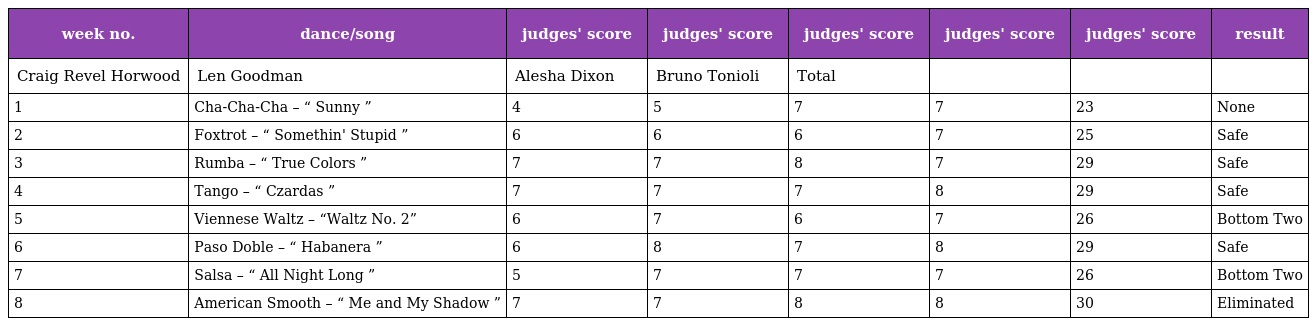
| week no. | dance/song | judges' score | judges' score | judges' score | judges' score | judges' score | result |
 | --- | --- | --- | --- | --- | --- | --- | --- |
 | Craig Revel Horwood | Len Goodman | Alesha Dixon | Bruno Tonioli | Total |  |  |  |
 | 1 | Cha-Cha-Cha – “ Sunny ” | 4 | 5 | 7 | 7 | 23 | None |
 | 2 | Foxtrot – “ Somethin' Stupid ” | 6 | 6 | 6 | 7 | 25 | Safe |
 | 3 | Rumba – “ True Colors ” | 7 | 7 | 8 | 7 | 29 | Safe |
 | 4 | Tango – “ Czardas ” | 7 | 7 | 7 | 8 | 29 | Safe |
 | 5 | Viennese Waltz – “Waltz No. 2” | 6 | 7 | 6 | 7 | 26 | Bottom Two |
 | 6 | Paso Doble – “ Habanera ” | 6 | 8 | 7 | 8 | 29 | Safe |
 | 7 | Salsa – “ All Night Long ” | 5 | 7 | 7 | 7 | 26 | Bottom Two |
 | 8 | American Smooth – “ Me and My Shadow ” | 7 | 7 | 8 | 8 | 30 | Eliminated |